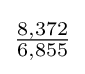
{\tfrac {8,372}{6,855}}